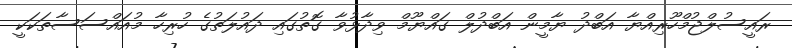
ރައީސުލްޖުމްހޫރިއްޔާ އަބްދު ޔާމީން އަބްދުލް ގައްޔޫމް ވިދާޅުވާ ގޮތުގައި ދައުލަތުގެ ހުރިހާ މުއައްސަސާތަކަކީ